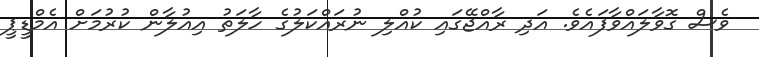
ވެސް ގޮވާލައްވާފައެވެ. އަދި ރާއްޖޭގައި ކުއްލި ނުރައްކަލުގެ ހާލަތު އިއުލާން ކުރުމަށް އެމްޑީޕީ